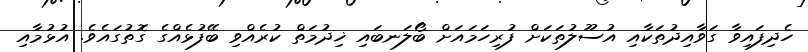
ހެދިފައިވާ ގަވާއިދުތަކާއި އުސޫލުތަކަށް ފުރިހަމައަށް ބޯލަނބައި ޚިދުމަތް ކުރެއްވި ބޭފުޅެއްގެ ގޮތުގައެވެ. އުޅުމާއި